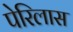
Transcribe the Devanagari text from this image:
पेरिलास